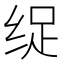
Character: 𮉩